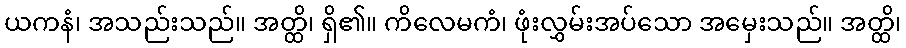
ယကနံ၊ အသည်းသည်။ အတ္ထိ၊ ရှိ၏။ ကိလေမကံ၊ ဖုံးလွှမ်းအပ်သော အမှေးသည်။ အတ္ထိ၊